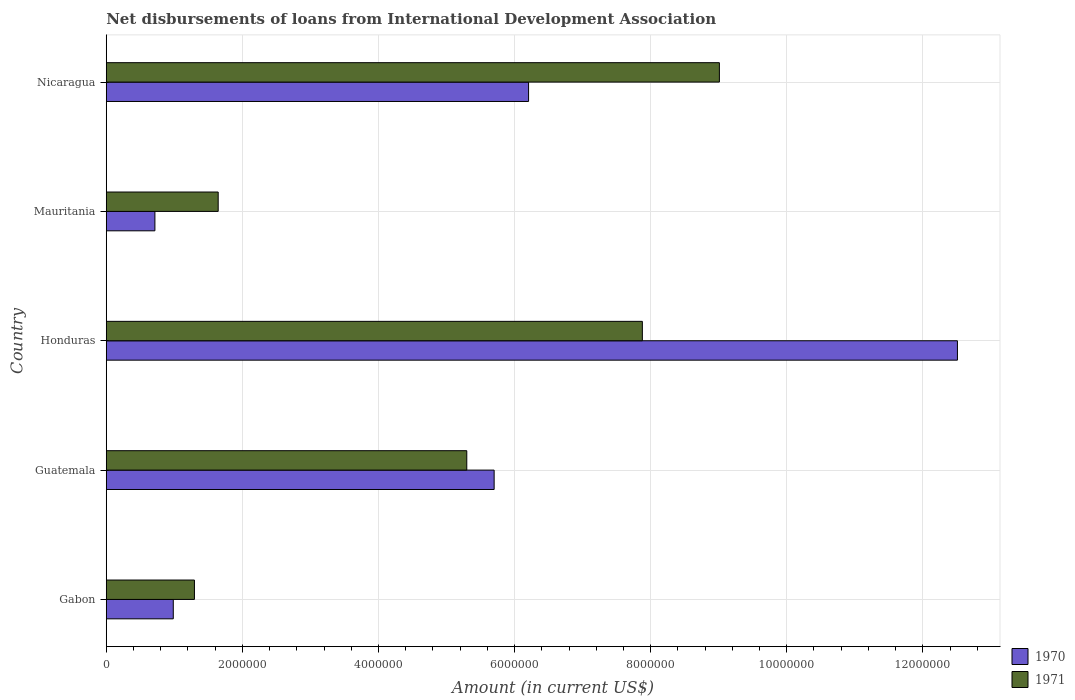
| Country | 1970 | 1971 |
 | --- | --- | --- |
 | Gabon | 9.85e+05 | 1.3e+06 |
 | Guatemala | 5.7e+06 | 5.3e+06 |
 | Honduras | 1.25e+07 | 7.88e+06 |
 | Mauritania | 7.15e+05 | 1.64e+06 |
 | Nicaragua | 6.21e+06 | 9.01e+06 |